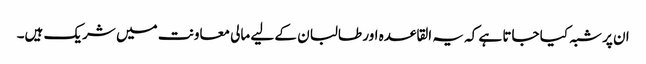
ان پر شبہ کیا جاتا ہے کہ یہ القاعدہ اور طالبان کے لیے مالی معاونت میں شریک ہیں۔